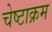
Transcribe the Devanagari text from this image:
चेष्टाक्रम